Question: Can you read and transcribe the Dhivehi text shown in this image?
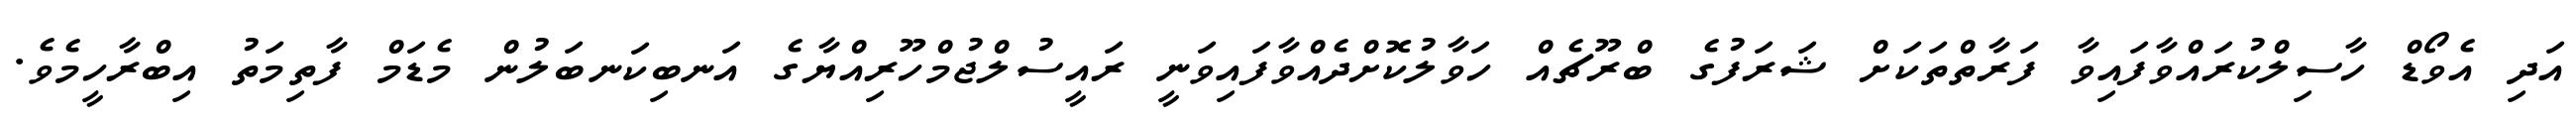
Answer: އަދި އެވޯޑް ހާސިލްކުރައްވާފައިވާ ފަރާތްތަކަށް ޝަރަފުގެ ބްރޫޗެއް ހަވާލުކޮށްދެއްވާފައިވަނީ ރައީސުލްޖުމްހޫރިއްޔާގެ އަނބިކަނބަލުން މެޑަމް ފާތިމަތު އިބްރާހީމެވެ.